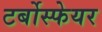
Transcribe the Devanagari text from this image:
टर्बोस्फेयर